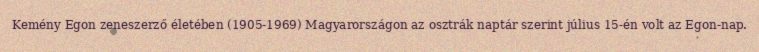
Kemény Egon zeneszerző életében (1905-1969) Magyarországon az osztrák naptár szerint július 15-én volt az Egon-nap.